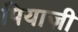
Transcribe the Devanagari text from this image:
पियाज़ी